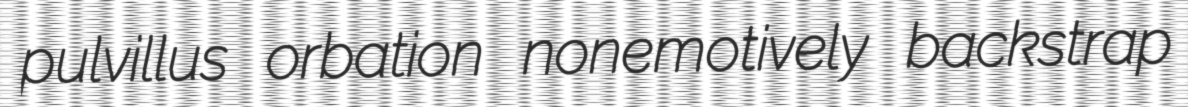
pulvillus orbation nonemotively backstrap